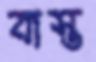
বাস্ত